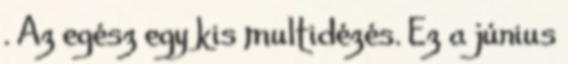
. Az egész egy kis multidézés. Ez a június